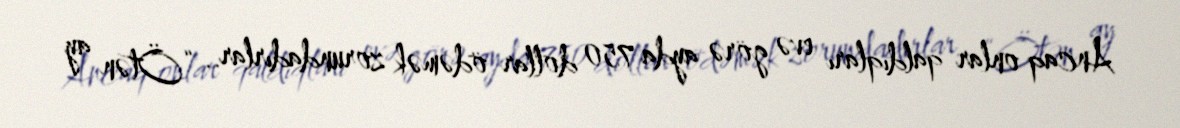
Ancaq onlar qaldıqları evə görə ayda 750 dollar ödəmək zorundadırlar.. “Ötən ay